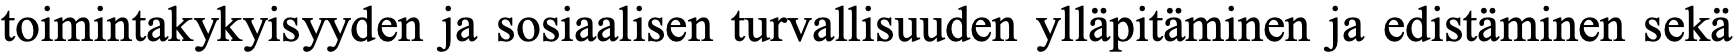
toimintakykyisyyden ja sosiaalisen turvallisuuden ylläpitäminen ja edistäminen sekä